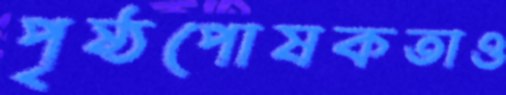
পৃষ্ঠপোষকতাও